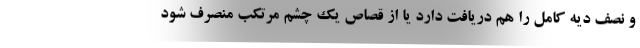
و نصف دیه کامل را هم دریافت دارد یا از قصاص یک چشم مرتکب منصرف شود